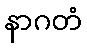
နာဂတံ